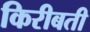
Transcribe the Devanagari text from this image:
किरीबती